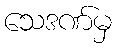
သေဒဏ်မှ